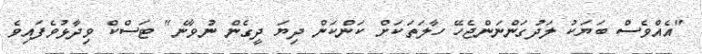
"އެއްވެސް ބަޔަކު ލަދުގަންނަންޖެހޭ ހާލަތަކަށް ކަންކަން ދިޔަ ދީގެން ނުވާނެ" ޓަސްކް ވިދާޅުވެފައިވެ